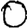
Digit: 0